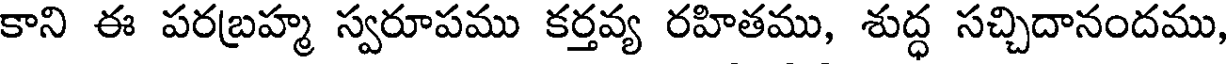
కాని ఈ పరబ్రహ్మ స్వరూపము కర్తవ్య రహితము, శుద్ధ సచ్చిదానందము,